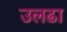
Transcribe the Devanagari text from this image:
उलढा